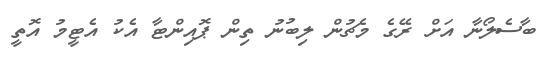
ބާސެލޯނާ އަށް ރޭގެ މެޗުން ލިބުނު ތިން ޕޮއިންޓާ އެކު އެޓީމު އޮތީ